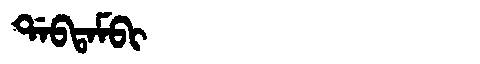
Manchu: ᡩᠠᠪᡨᠠᠮᠪᡳ
Romanization: DABTAMBI